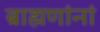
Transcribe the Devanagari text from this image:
ब्राह्मणांनां